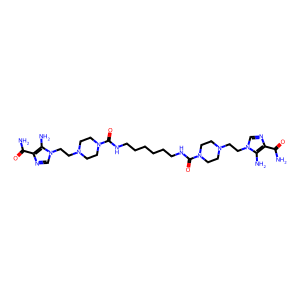
SMILES: NC(=O)c1ncn(CCN2CCN(C(=O)NCCCCCCNC(=O)N3CCN(CCn4cnc(C(N)=O)c4N)CC3)CC2)c1N
Inhibits HIV replication: No